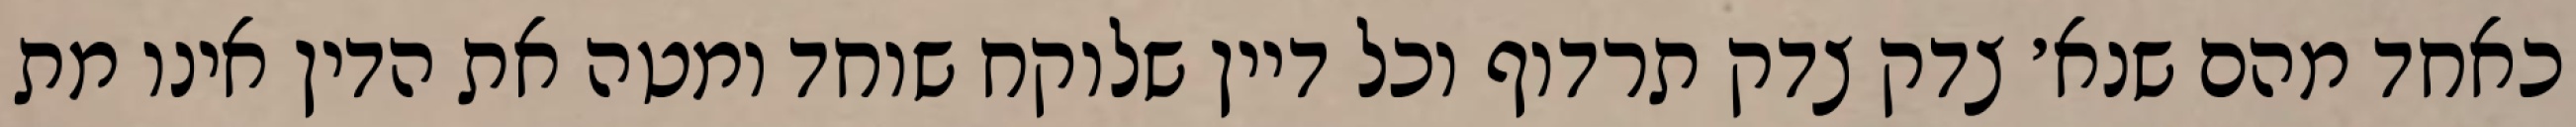
כאחד מהם שנא׳ צדק צדק תרדוף וכל דיין שלוקח שוחד ומטה את הדין אינו מת